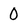
Character: 0